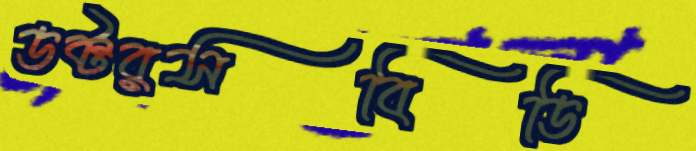
ডক্টরসবিডি